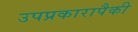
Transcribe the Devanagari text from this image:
उपप्रकारापैकी